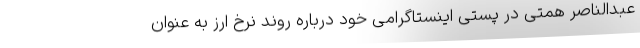
عبدالناصر همتی در پستی اینستاگرامی خود درباره روند نرخ ارز به عنوان